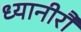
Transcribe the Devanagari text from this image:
ध्यानीरौ